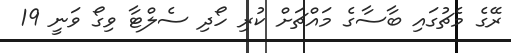
ރޭގެ މެޗުގައި ބާސާގެ މައްޗަށް ކުރި ހޯދި ސެލްޓާ ވިގޯ ވަނީ 19